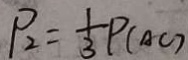
P _ { 2 } = \frac { 1 } { 3 } P _ { ( A C ) }